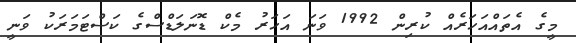
މީގެ އެތައްއަހަރެއް ކުރިން 1992 ވަނަ އަހަރު މެކް ޑޮނަލަޑްސްގެ ކަސްޓަމަރަކު ވަނީ